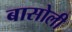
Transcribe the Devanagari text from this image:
बासोली